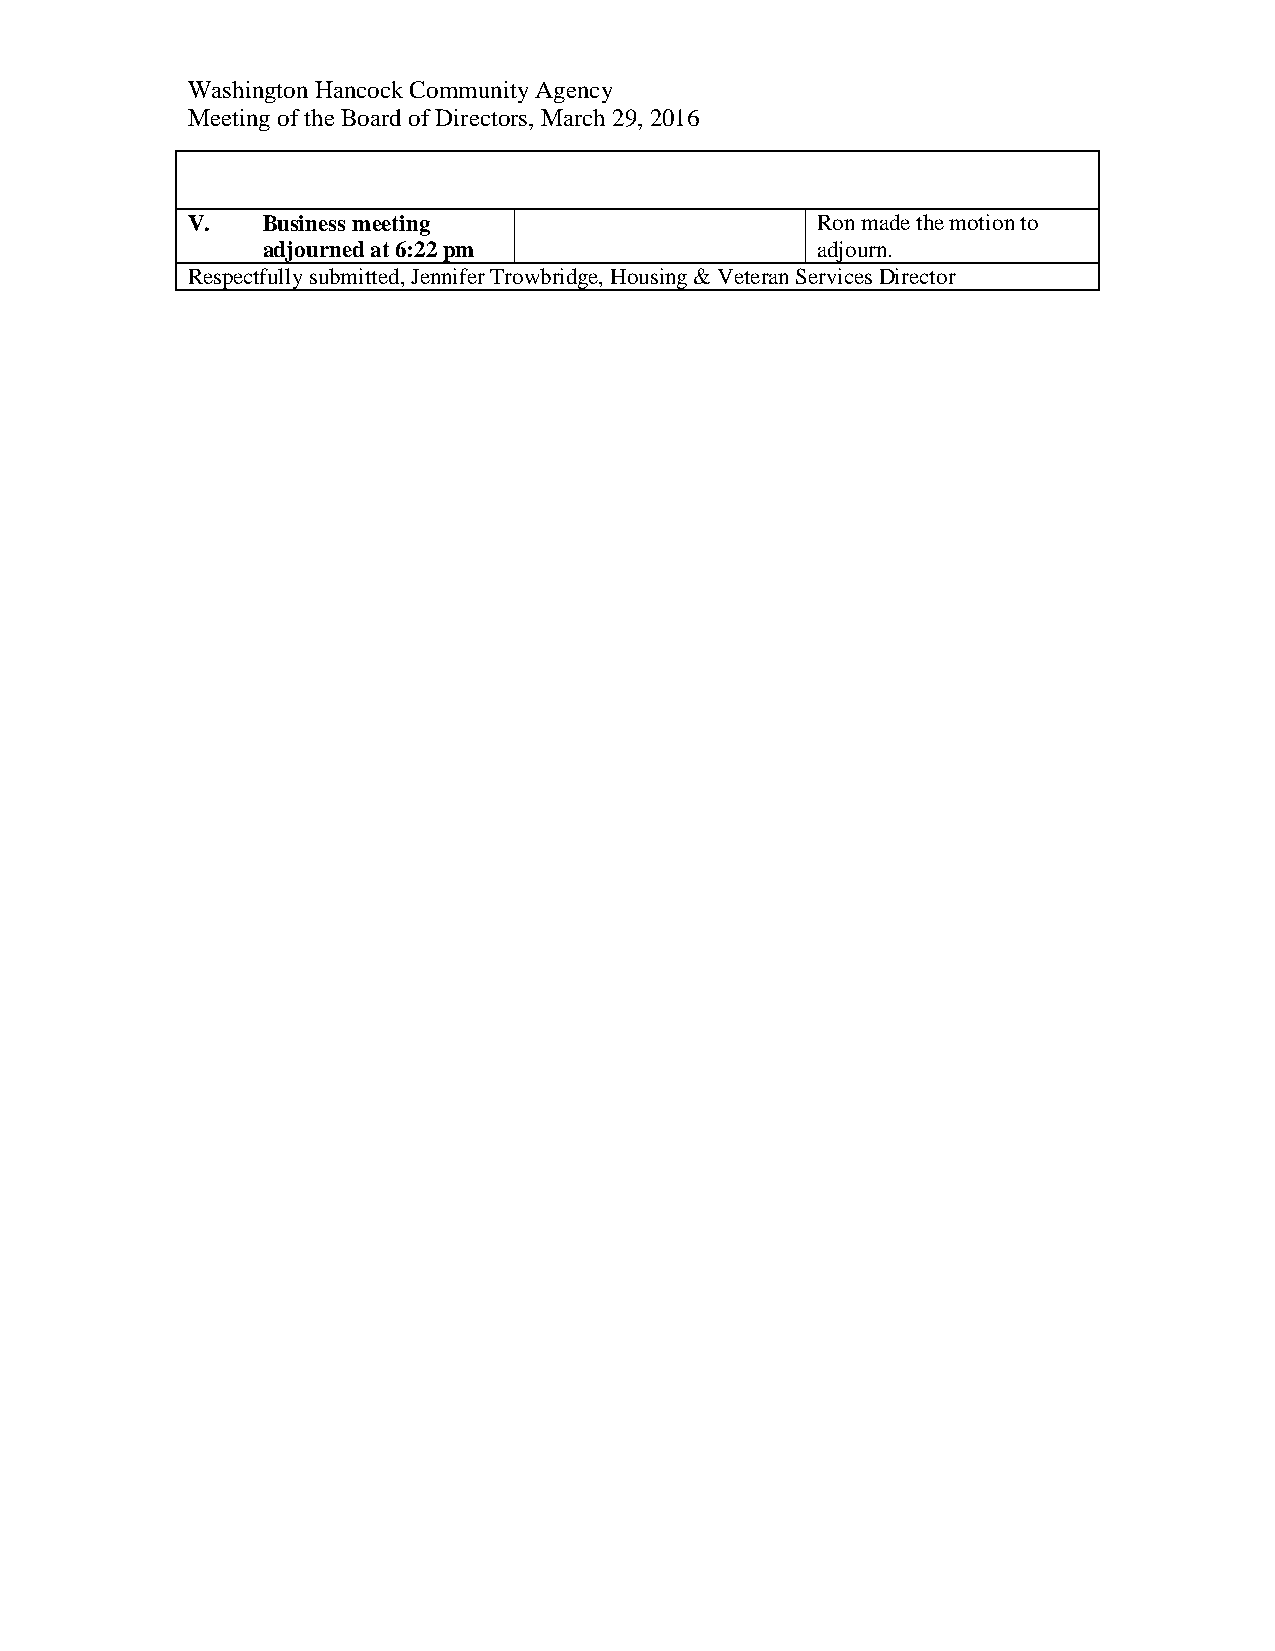
Washington Hancock Community Agency
 Meeting of the Board of Directors, March 29, 2016
 V.   Business meeting                     Ron made the motion to
 adjourned at 6:22 pm                 adjourn.
 Respectfully submitted, Jennifer Trowbridge, Housing & Veteran Services Director